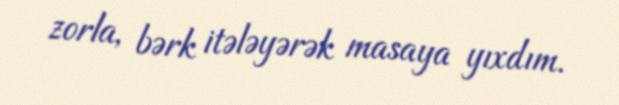
zorla, bərk itələyərək masaya yıxdım.